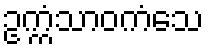
ဥက္ကံသာဝကံသေ